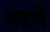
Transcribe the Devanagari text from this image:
नटणे